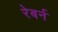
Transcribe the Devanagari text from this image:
रेबर्न